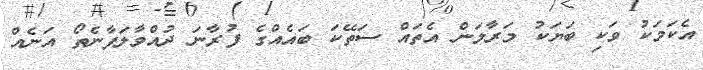
އެކަމަކު ވަކި ބަޔަކު މަރާލަން އެތައް ސަތޭކަ ބައެއްގެ ފުރާނަ ދުއްްވާލަފާނެތޯ އަނެއް